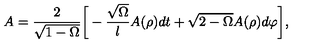
A = \frac { 2 } { \sqrt { 1 - \Omega } } { \biggl [ } - \frac { \sqrt { \Omega } } { l } A ( \rho ) d t + \sqrt { 2 - \Omega } A ( \rho ) d \varphi { \biggr ] } ,